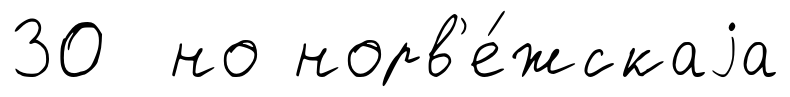
30 но норв'е́жскаjа